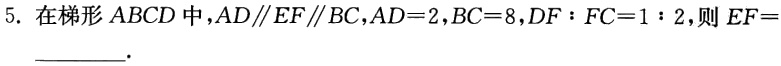
5. 在梯形 \(ABCD\) 中，\(AD\parallel EF\parallel BC\)，\(AD = 2\)，\(BC = 8\)，\(DF:FC = 1:2\)，则 \(EF =\) ________.